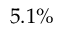
5 . 1 \%